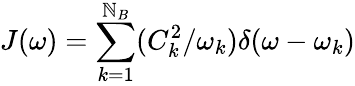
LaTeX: J(\omega)=\sum_{k=1}^{\mathbb{N}_{B}}(C_{k}^{2}/\omega_{k})\delta(\omega-\omega_{k})